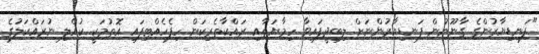
"ފަނޑިޔާރުންގެ ގާނޫނުން ފަނޑިޔާރުންނަށް ލިބިދީފައިވާ ހިމާޔަތާއި ރައްކާތެރިކަން ހިފެހެއްޓިފައި އޮތުމަކީ ކުއްލި ނުރައްކަލުގެ